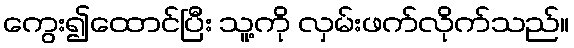
ကွေး၍ထောင်ပြီး သူ့ကို လှမ်းဖက်လိုက်သည်။